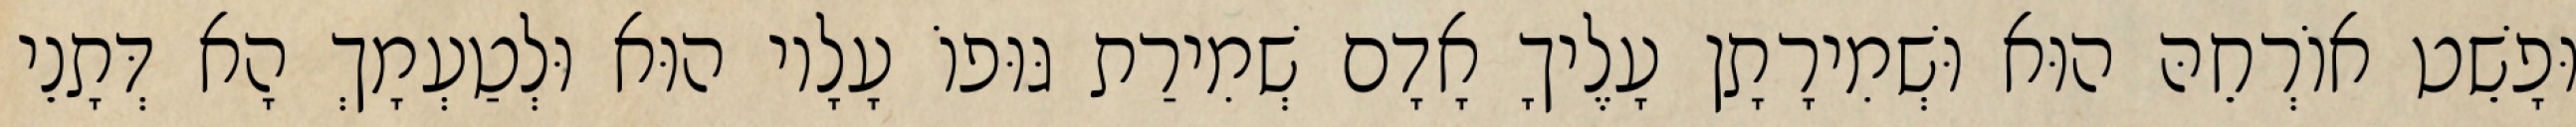
וּפָשֵׁט אוֹרְחֵהּ הוּא וּשְׁמִירָתָן עָלֶיךָ אָדָם שְׁמִירַת גּוּפוֹ עָלָיו הוּא וּלְטַעְמָךְ הָא דְּתָנֵי